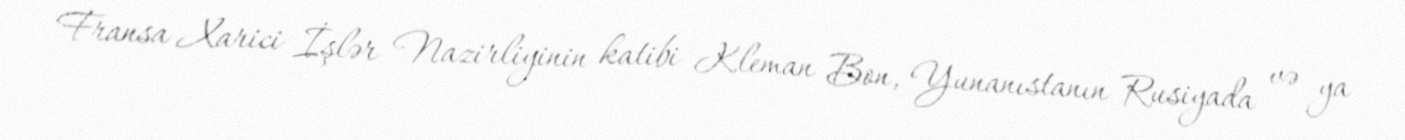
Fransa Xarici İşlər Nazirliyinin katibi Kleman Bon, Yunanıstanın Rusiyada və ya